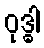
ဝုဒ္ဓါ